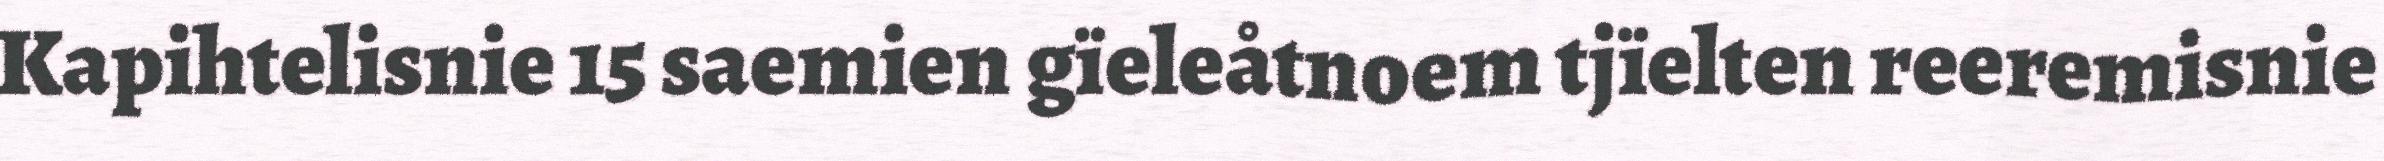
Kapihtelisnie 15 saemien gïeleåtnoem tjïelten reeremisnie